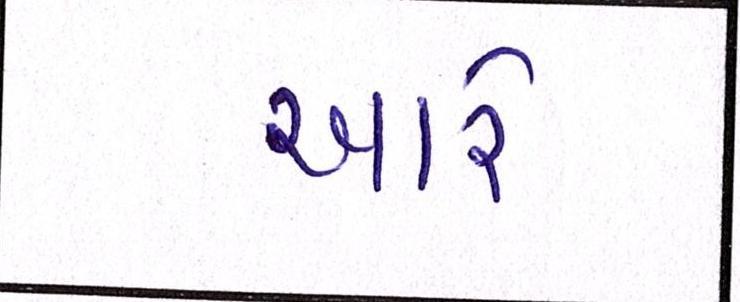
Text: આરે